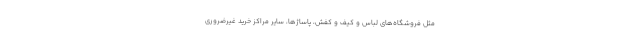
مثل فروشگاه‌های لباس و کیف و کفش، پاساژها، سایر مراکز خرید غیرضروری